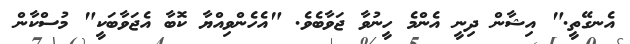
އެނގޭތީ." އިޝާން ދިނީ އެންމެ ހީނުވާ ޖަވާބެވެ. "އެހެންވިއްޔާ ކޮބާ އެޖަވާބަކީ" މުސްކާން